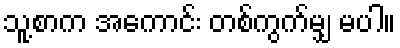
သူ့စာက အကောင်း တစ်ကွက်မျှ မပါ။